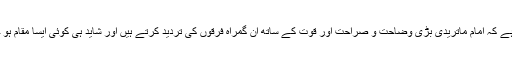
اسی لیے ’’تفسیرِ ماتریدی‘‘ کا مطالعہ کرنے والا جابجا اس حقیقت کا مشاہدہ کرتا ہے کہ امام ماتریدیؒ بڑی وضاحت و صراحت اور قوت کے ساتھ ان گمراہ فرقوں کی تردید کرتے ہیں اور شاید ہی کوئی ایسا مقام ہو جہاں ان فرقوں کی تردید کی نوبت آئے اور امام ماتریدیؒ خاموشی سے گزر جائیں۔